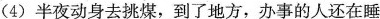
(4) 半夜动身去挑煤，到了地方，办事的人还在睡